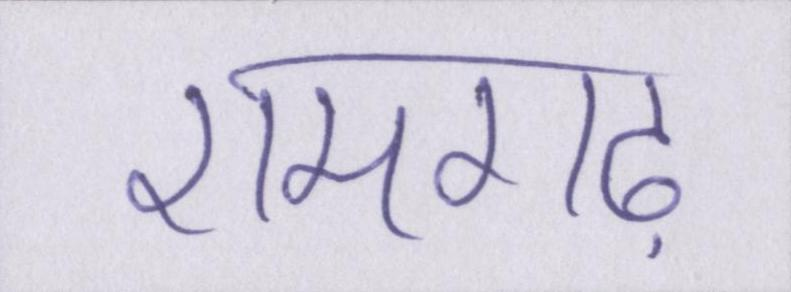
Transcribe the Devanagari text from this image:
रामगढ़